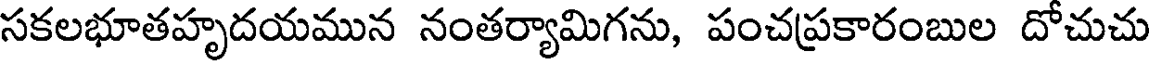
సకలభూతహృదయమున నంతర్యామిగను, పంచప్రకారంబుల దోచుచు